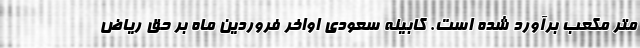
متر مکعب برآورد شده است. کابینه سعودی اواخر فروردین ماه بر حق ریاض